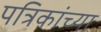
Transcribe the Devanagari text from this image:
पत्रिकांच्या